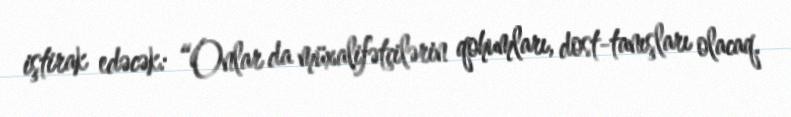
iştirak edəcək: “Onlar da müxalifətçilərin qohumları, dost-tanışları olacaq.